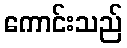
ကောင်းသည်